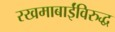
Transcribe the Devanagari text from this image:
रखमाबाईंविरुद्ध